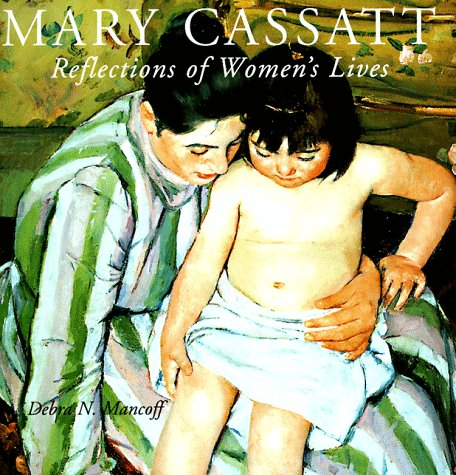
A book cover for Mary Cassatt: Reflections of Women's Lives; Debra N. Mancoff; Politics & Social Sciences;